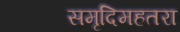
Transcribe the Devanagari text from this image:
समृदिमहतरा